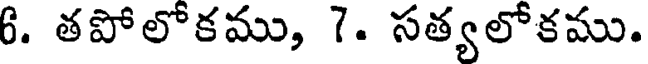
6. తపోలోకము, 7. సత్యలోకము.